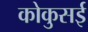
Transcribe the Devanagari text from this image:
कोकुसई